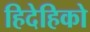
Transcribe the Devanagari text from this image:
हिदेहिको